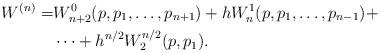
LaTeX: \begin{align*}W^{(n)}=&W^0_{n+2}(p,p_1,\dots,p_{n+1})+hW^1_{n}(p,p_1,\dots,p_{n-1})+\\&\dots +h^{n/2}W^{n/2}_2(p,p_1).\end{align*}